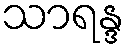
သာရန္ဒ